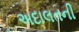
અદાલતની